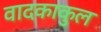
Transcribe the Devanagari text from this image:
वादकाकुल